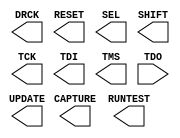
///////////////////////////////////////////////////////////////////////////////
// Copyright (c) 1995/2010 Xilinx, Inc.
// All Right Reserved.
///////////////////////////////////////////////////////////////////////////////
//   ____  ____
//  /   /\/   /
// /___/  \  /    Vendor : Xilinx
// \   \   \/     Version : 13.1
//  \   \         Description : Xilinx Formal Library Component
//  /   /                  Boundary Scan Logic Control Circuit for VIRTEX7
// /___/   /\     Filename : BSCANE2.v
// \   \  /  \    Timestamp : Mon Feb  8 21:47:02 PST 2010
//  \___\/\___\
//
// Revision:
//    02/08/10 - Initial version.
// End Revision


`timescale 1 ps / 1 ps 

module BSCANE2 (
  CAPTURE,
  DRCK,
  RESET,
  RUNTEST,
  SEL,
  SHIFT,
  TCK,
  TDI,
  TMS,
  UPDATE,

  TDO
);

  parameter DISABLE_JTAG = "FALSE";
  parameter integer JTAG_CHAIN = 1;


  output CAPTURE;
  output DRCK;
  output RESET;
  output RUNTEST;
  output SEL;
  output SHIFT;
  output TCK;
  output TDI;
  output TMS;
  output UPDATE;

  input TDO;
  reg SEL_zd;

 
endmodule